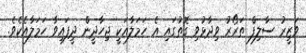
ވަޒީރު ސާލިފް ތަރޯރު ވިދާޅުވި ގޮތުގައި އެ ހަމަލާއަކީ ޖިހާދީން ދީފައިވާ ހަމަލާއެކެވެ.